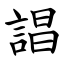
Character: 誯